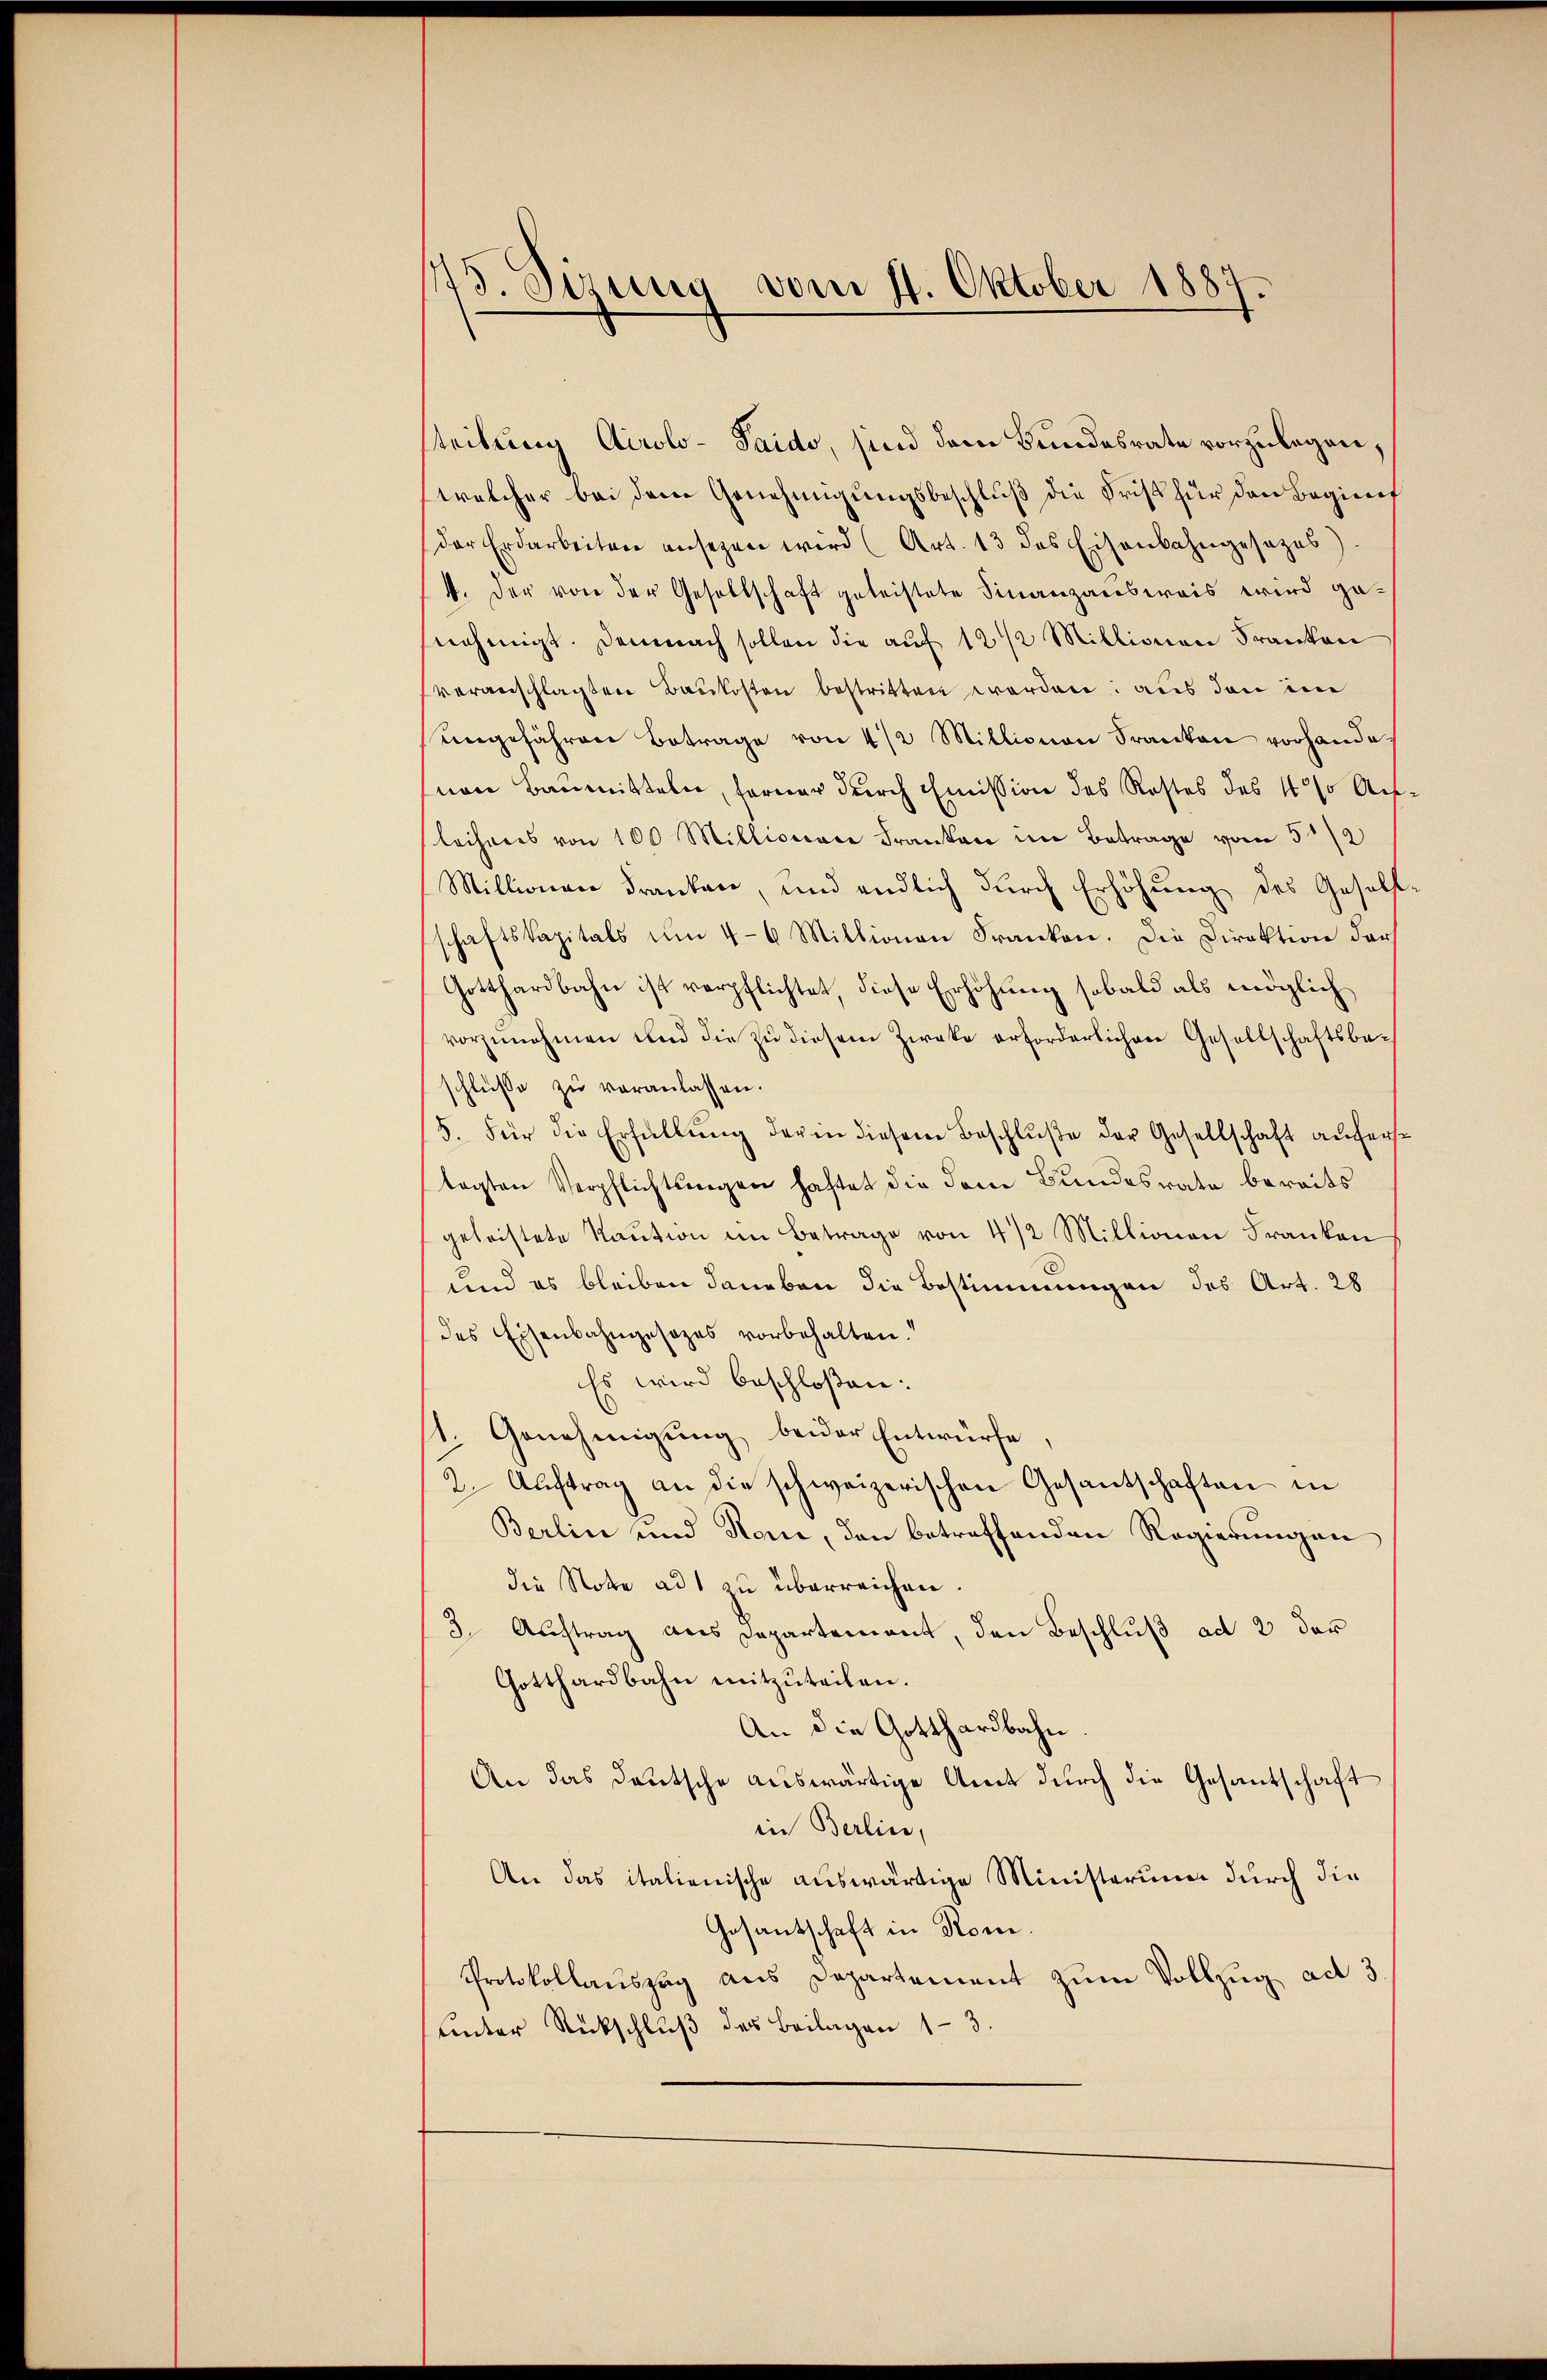
15. Sizung vom 11. Oktober 1887

steilung Airolo - Taido, sind dem Bundesrate vorzulegen,
welcher bei dem Genehmigŭngsbeschlŭβ die Frist für den Beginnet
der Erdarbeiten ansehen wird (Art. 13 das Eisenbahngesezes).
4. Der von der Gesellschaft geleistete Finanzausweis wird genehmigt. Demnach sollen die aŭf 12 1/2 Millionen Franken
veranschlagten Baukosten bestritten worden: aus den im
ungefähren Betrage von 4 1/2 Millionen Franken vorhande.
(von Baumitteln, ferner durch Emission des Restes des 10% Ach
lechners von 100 Millicierer Franken im Betrage vom 5t/2
Millionen Franken, und endlich durch Erhöhung des Gesell
schaftskapitals ŭm 4-6 Millionen Franken. Die Direktion der
Gotthardbahn ist verpflichtet, diese Erhöhung sobald als möglich
vorzŭnehmen und die zŭ diesem Zweke erforderlichen Gesellschaftsbeschlüsse zu veranlassen.
/5. Für die Erfüllŭng der in diesem Beschluße der Gesellschaft auferstagten Verpflichtungen haftet die dem Bundesrate bereits
geleistete Kaution im Betrage von 4/2 Millionen Franken
und es bleiben daneben die Bestimmungen des Art. 28
des Eisenbahngesezes vorbehalten.“
Es wird beschloßen:
1. Genehmigung beider Entwürfe.
2. Auftrag an die schweizerischen Gesantschaften in
Berlin und Reue, den betreffenden Regierungen
die Note ad 1 zu überreichen
3. Auftrag aus Departement, den Beschluß ad 2 der
Gotthardbahn mitzuteilen.
An die Gotthardbahn.
An das deutsche auswärtige Amt durch die Gesantschaft
in Berlin,
An das italienische auswärtige Ministerium durch die
Gesandschaft in Rom.
Protokollauszug aus Departement zum Vollzug ad 3
unter Rückschluß des Beilagen 13.